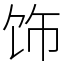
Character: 饰